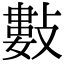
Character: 𢿘